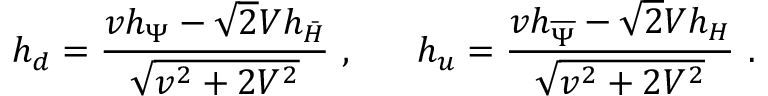
h _ { d } = \frac { v h _ { \Psi } - \sqrt 2 V h _ { \bar { H } } } { \sqrt { v ^ { 2 } + 2 V ^ { 2 } } } ~ , ~ ~ ~ ~ ~ h _ { u } = \frac { v h _ { \overline { { { \Psi } } } } - \sqrt 2 V h _ { H } } { \sqrt { v ^ { 2 } + 2 V ^ { 2 } } } ~ .